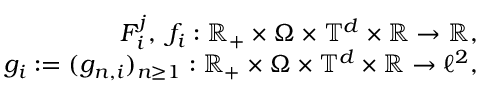
\begin{array} { r l } { F _ { i } ^ { j } , \ f _ { i } : { \mathbb R } _ { + } \times \Omega \times \mathbb { T } ^ { d } \times { \mathbb R } \to { \mathbb R } , } & { } \\ { g _ { i } : = ( g _ { n , i } ) _ { n \geq 1 } : { \mathbb R } _ { + } \times \Omega \times \mathbb { T } ^ { d } \times { \mathbb R } \to \ell ^ { 2 } , } & { } \end{array}